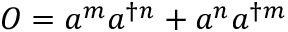
O = a ^ { m } a ^ { \dagger n } + a ^ { n } a ^ { \dagger m }